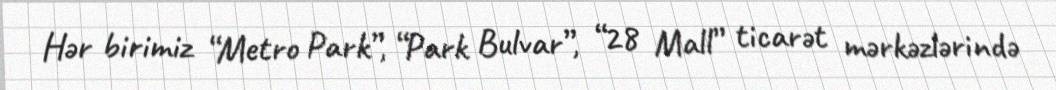
Hər birimiz “Metro Park”, “Park Bulvar”, “28 Mall” ticarət mərkəzlərində